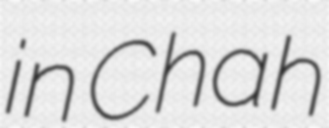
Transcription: in Chah